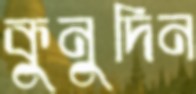
কুনুদিন